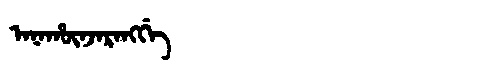
Manchu: ᠠᠨᠠᡥᡡᠨᠵᠠᡵᠠᠩᡤᡝ
Romanization: ANAHŪNJARANGGE